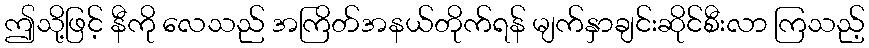
ဤသို့ဖြင့် နီကို လေသည် အကြိတ်အနယ်တိုက်ရန် မျက်နှာချင်းဆိုင်စီးလာ ကြသည့်